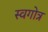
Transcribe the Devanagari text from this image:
स्वगोत्र